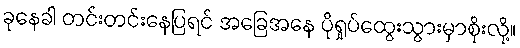
ခုနေခါ တင်းတင်းနေပြရင် အခြေအနေ ပိုရှုပ်ထွေးသွားမှာစိုးလို့။